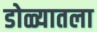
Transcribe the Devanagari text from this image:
डोळ्यातला